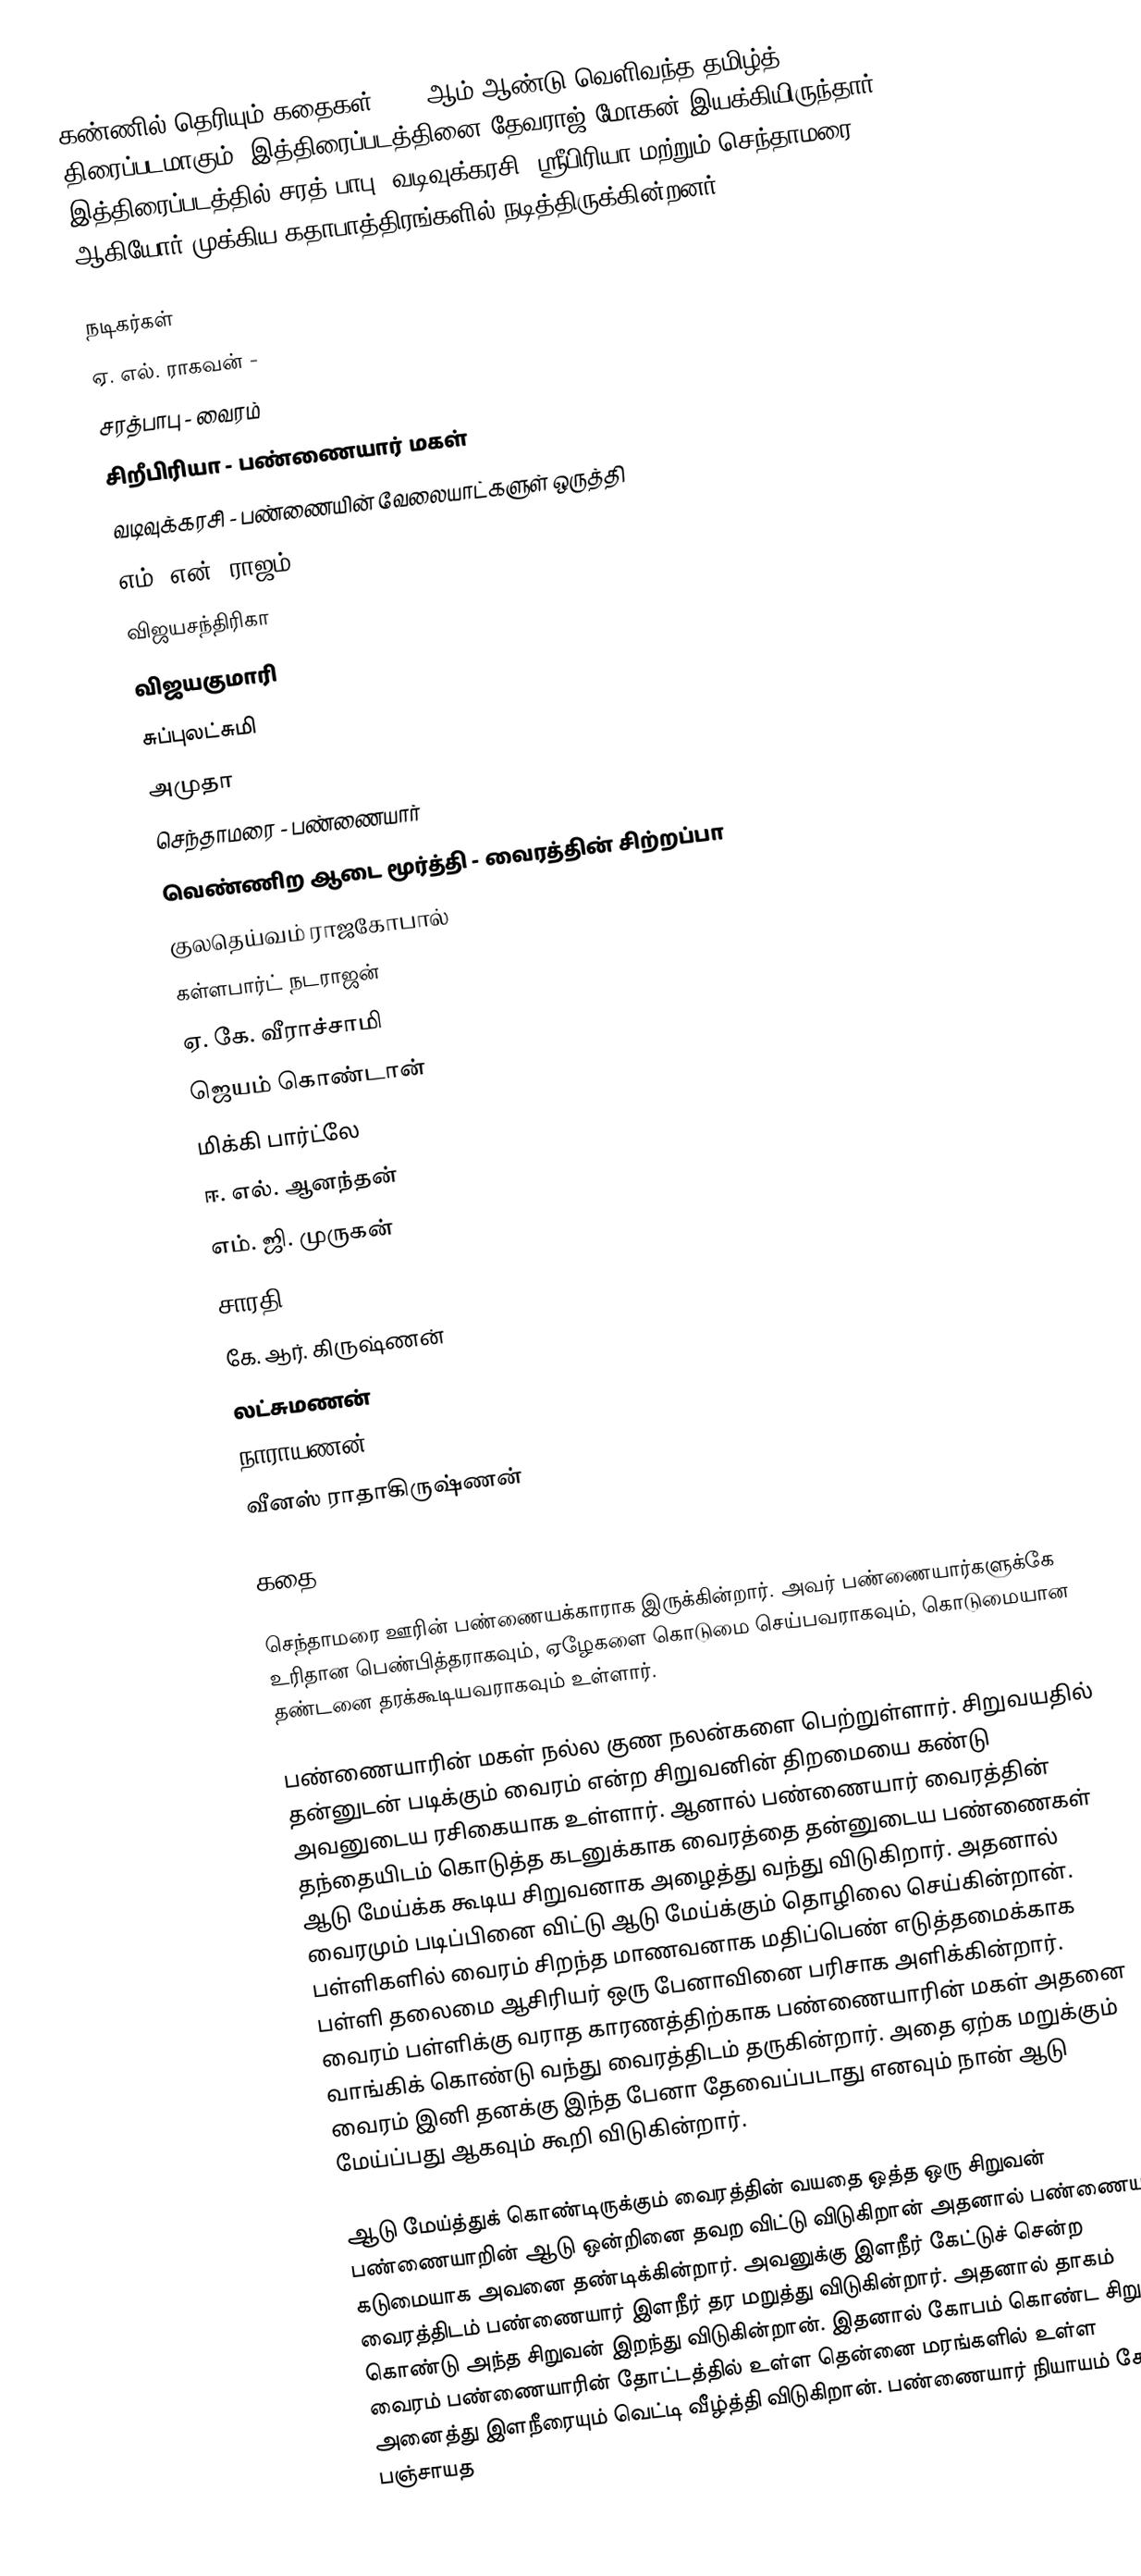
கண்ணில் தெரியும் கதைகள் 1980 ஆம் ஆண்டு வெளிவந்த தமிழ்த் திரைப்படமாகும். இத்திரைப்படத்தினை தேவராஜ்-மோகன் இயக்கியிருந்தார். இத்திரைப்படத்தில் சரத் பாபு, வடிவுக்கரசி, ஸ்ரீபிரியா மற்றும் செந்தாமரை ஆகியோர் முக்கிய கதாபாத்திரங்களில் நடித்திருக்கின்றனர்.

நடிகர்கள்
 ஏ. எல். ராகவன் -
 சரத்பாபு - வைரம்
 சிறீபிரியா - பண்ணையார் மகள்
 வடிவுக்கரசி - பண்ணையின் வேலையாட்களுள் ஒருத்தி
 எம். என். ராஜம்
 விஜயசந்திரிகா
 விஜயகுமாரி
 சுப்புலட்சுமி
 அமுதா
 செந்தாமரை - பண்ணையார்
 வெண்ணிற ஆடை மூர்த்தி - வைரத்தின் சிற்றப்பா
 குலதெய்வம் ராஜகோபால்
 கள்ளபார்ட் நடராஜன்
 ஏ. கே. வீராச்சாமி
 ஜெயம் கொண்டான்
 மிக்கி பார்ட்லே
 ஈ. எல். ஆனந்தன்
 எம். ஜி. முருகன்
 சாரதி
 கே. ஆர். கிருஷ்ணன்
 லட்சுமணன்
 நாராயணன்
 வீனஸ் ராதாகிருஷ்ணன்

கதை

செந்தாமரை ஊரின் பண்ணையக்காராக இருக்கின்றார். அவர் பண்ணையார்களுக்கே உரிதான பெண்பித்தராகவும், ஏழேகளை கொடுமை செய்பவராகவும், கொடுமையான தண்டனை தரக்கூடியவராகவும் உள்ளார்.

பண்ணையாரின் மகள் நல்ல குண நலன்களை பெற்றுள்ளார். சிறுவயதில் தன்னுடன் படிக்கும் வைரம் என்ற சிறுவனின் திறமையை கண்டு அவனுடைய ரசிகையாக உள்ளார். ஆனால் பண்ணையார் வைரத்தின் தந்தையிடம் கொடுத்த கடனுக்காக வைரத்தை தன்னுடைய பண்ணைகள் ஆடு மேய்க்க கூடிய சிறுவனாக அழைத்து வந்து விடுகிறார். அதனால் வைரமும் படிப்பினை விட்டு ஆடு மேய்க்கும் தொழிலை செய்கின்றான். பள்ளிகளில் வைரம் சிறந்த மாணவனாக மதிப்பெண் எடுத்தமைக்காக பள்ளி தலைமை ஆசிரியர் ஒரு பேனாவினை பரிசாக அளிக்கின்றார். வைரம் பள்ளிக்கு வராத காரணத்திற்காக பண்ணையாரின் மகள் அதனை வாங்கிக் கொண்டு வந்து வைரத்திடம் தருகின்றார். அதை ஏற்க மறுக்கும் வைரம் இனி தனக்கு இந்த பேனா தேவைப்படாது எனவும் நான் ஆடு மேய்ப்பது ஆகவும் கூறி விடுகின்றார்.

ஆடு மேய்த்துக் கொண்டிருக்கும் வைரத்தின் வயதை ஒத்த ஒரு சிறுவன் பண்ணையாறின் ஆடு ஒன்றினை தவற விட்டு விடுகிறான் அதனால் பண்ணையார் கடுமையாக அவனை தண்டிக்கின்றார். அவனுக்கு இளநீர் கேட்டுச் சென்ற வைரத்திடம் பண்ணையார் இளநீர் தர மறுத்து விடுகின்றார். அதனால் தாகம் கொண்டு அந்த சிறுவன் இறந்து விடுகின்றான். இதனால் கோபம் கொண்ட சிறுவன் வைரம் பண்ணையாரின் தோட்டத்தில் உள்ள தென்னை மரங்களில் உள்ள அனைத்து இளநீரையும் வெட்டி வீழ்த்தி விடுகிறான். பண்ணையார் நியாயம் கேட்க பஞ்சாயத